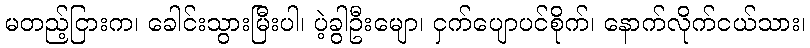
မတည့်ငြားက၊ ခေါင်းသွားမြီးပါ၊ ပဲ့ခွါဦးမျော၊ ငှက်ပျောပင်စိုက်၊ နောက်လိုက်ငယ်သား၊